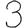
Digit: 3